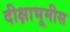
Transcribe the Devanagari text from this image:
दीक्षाभूमीस